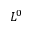
L ^ { 0 }